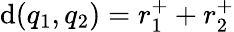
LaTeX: \mathrm{d}(q_{1},q_{2})=r_{1}^{+}+r_{2}^{+}